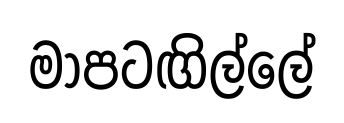
මාපටඟිල්ලේ